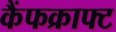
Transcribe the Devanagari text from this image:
कैंफक्राफ्ट